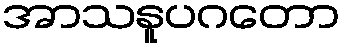
အာသနူပဂတော